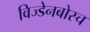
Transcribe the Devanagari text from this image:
विज्डेनबोस्च